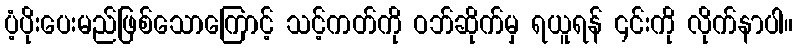
ပံ့ပိုးပေးမည်ဖြစ်သောကြောင့် သင့်ကတ်ကို ဝဘ်ဆိုက်မှ ရယူရန် ၎င်းကို လိုက်နာပါ။